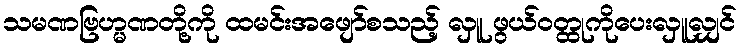
သမဏဗြဟ္မဏတို့ကို ထမင်းအဖျော်စသည့် လှူ ဖွယ်ဝတ္ထုကိုပေးလှူလျှင်